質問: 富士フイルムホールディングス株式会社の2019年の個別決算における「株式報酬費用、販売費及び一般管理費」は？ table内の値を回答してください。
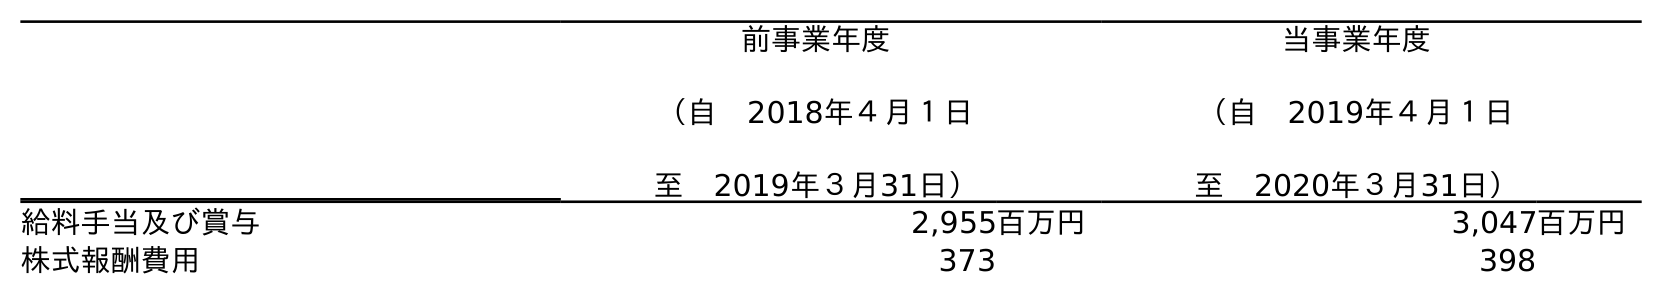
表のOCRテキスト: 前事業年度 （自 2018年４月１日 至 2019年３月31日） 当事業年度 （自 2019年４月１日 至 2020年３月31日） 給料手当及び賞与 2,955百万円 3,047百万円 株式報酬費用 373 398
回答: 373